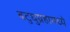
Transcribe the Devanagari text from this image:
बटुघुग्रहामध्ये